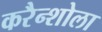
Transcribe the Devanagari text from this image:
करैन्शोला